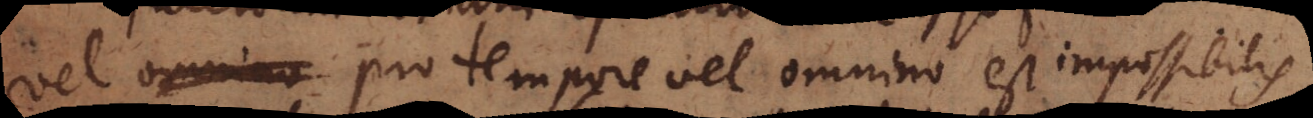
vel pro tempore vel omnino est impossibilis,